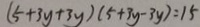
( 5 + 3 y + 3 y ) ( 5 + 3 y - 3 y ) = 1 5